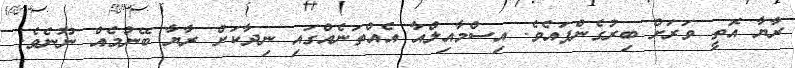
ރާޔާ އޮތީ ވަރަށް ބިރުގެންފައެވެ. އިސްމާއިލްއާ އެއްތަނެއްގައި ނިދާކަށް ރާޔާ ބޭނުމެއް ނޫނެވެ.